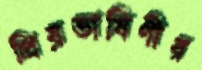
প্রিয়ভাষিণীর